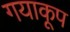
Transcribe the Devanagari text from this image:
गयाकूप